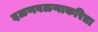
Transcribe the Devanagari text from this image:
दळणवळणाकरिता